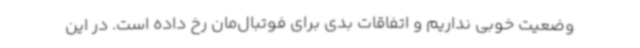
وضعیت خوبی نداریم و اتفاقات بدی برای فوتبال‌مان رخ داده است. در این